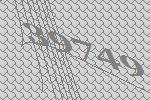
39749